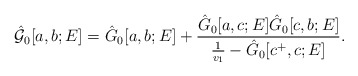
\begin{align*}\hat{{\cal G}}_0[a, b; E] =\hat{G}_0[a, b;E] + \frac{\hat{G}_0[a, c; E] \hat{G}_0[c, b; E]} {\frac{1}{v_1} - \hat{G}_0[c^+, c; E]}.\end{align*}